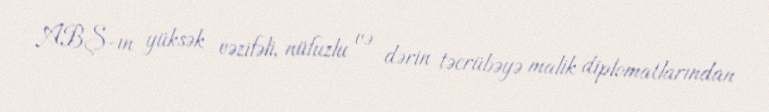
ABŞ-ın yüksək vəzifəli, nüfuzlu və dərin təcrübəyə malik diplomatlarından